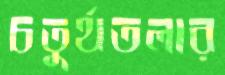
চতুর্থতলার